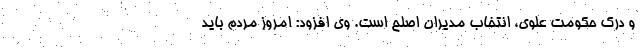
و درک حکومت علوی، انتخاب مدیران اصلح است. وی افزود: امروز مردم باید